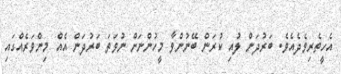
އެހީތެރިވެދެއެވެ. ބަރުދަން ލުއި ކުރަން ބޭނުންވާ މީހުންނަށް ނުވަތަ ބަރުދަން އެއް މިންވަރެއްގައި